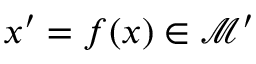
\boldsymbol { x } ^ { \prime } = f ( \boldsymbol { x } ) \in \mathcal { M } ^ { \prime }